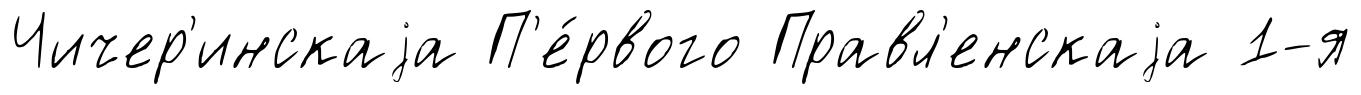
Чичер'инскаjа П'е́рвого Правл'енскаjа 1-я